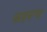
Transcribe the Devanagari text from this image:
सहरूप